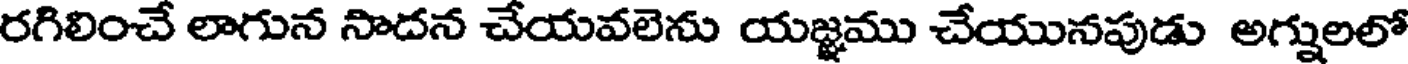
రగిలించే లాగున సాదన చేయవలెను యజ్ఞము చేయునపుడు అగ్నులలో